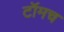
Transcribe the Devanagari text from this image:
टॉमच